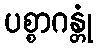
ပစ္စာဂန္တုံ